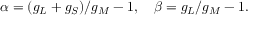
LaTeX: \alpha = ( g _ { L } + g _ { S } ) / g _ { M } - 1 , \quad \beta = g _ { L } / g _ { M } - 1 .